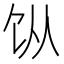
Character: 𬲪